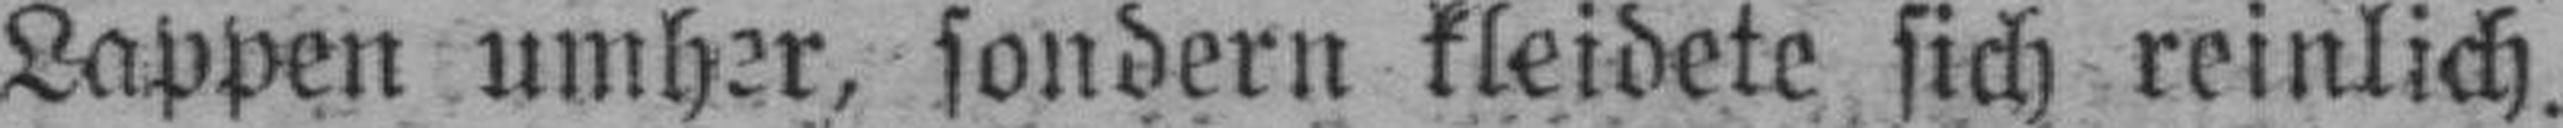
Lappen umher, sondern kleidete sich reinlich.